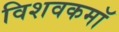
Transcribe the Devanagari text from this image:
विशवकमॉ